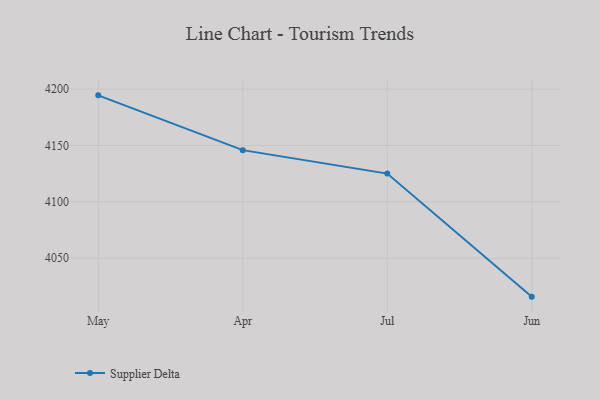
{"axis": {"x": "Month", "y": "Churn Rate (%)"}, "legend": ["Supplier Delta"], "data": [{"x": "May", "y": 4194.5, "type": "Supplier Delta"}, {"x": "Apr", "y": 4145.9, "type": "Supplier Delta"}, {"x": "Jul", "y": 4125.1, "type": "Supplier Delta"}, {"x": "Jun", "y": 4015.9, "type": "Supplier Delta"}]}